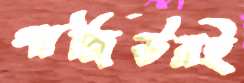
গাজিউরই